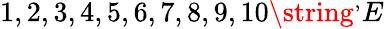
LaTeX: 1,2,3,4,5,6,7,8,9,10\string^{,}E